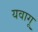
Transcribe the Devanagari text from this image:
यवागू